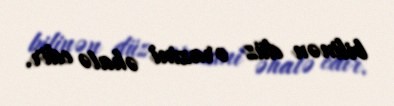
bilinən düz ərazini əhatə edir.